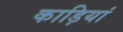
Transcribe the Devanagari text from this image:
काड़ियां